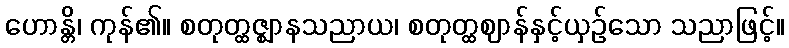
ဟောန္တိ၊ ကုန်၏။ စတုတ္ထဇ္ဈာနသညာယ၊ စတုတ္ထဈာန်နှင့်ယှဉ်သော သညာဖြင့်။